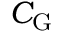
C _ { \mathrm { G } }